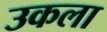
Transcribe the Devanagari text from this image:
उकला